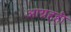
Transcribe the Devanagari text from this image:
आग्रहही